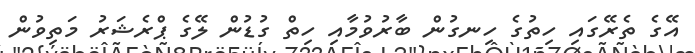
އޭގެ ތެރޭގައި ހިތުގެ ހިނގުން ބާރުވުމާއި ހިތް ގުޑުން ލޭގެ ޕްރެޝަރު މަތިވުން